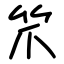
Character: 笊